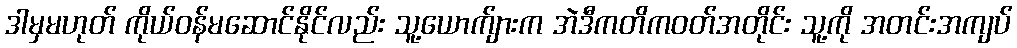
ဒါမှမဟုတ် ကိုယ်ဝန်မဆောင်နိုင်လည်း သူ့ယောက်ျားက အဲဒီကတိကဝတ်အတိုင်း သူ့ကို အတင်းအကျပ်